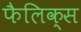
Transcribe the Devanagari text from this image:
फैलिक्स